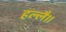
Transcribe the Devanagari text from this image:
हल्लै।।